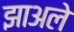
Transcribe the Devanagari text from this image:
झाअले